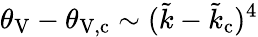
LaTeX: \theta_{\mathrm{V}}-\theta_{\mathrm{V},\mathrm{c}}\sim(\tilde{k}-\tilde{k}_{\mathrm{c}})^{4}